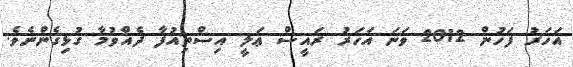
އަހަރު ފަހުން 2012 ވަނަ އަހަރު ރައީސް ޢަލީ އިސްތިއުފާ ދެއްވުމާ ގުޅިގެންނެވެ.